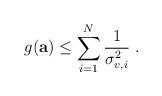
LaTeX: \begin{align*}g(\mathbf{a})\le\sum_{i=1}^N\frac{1}{\sigma_{v,i}^2}\;.\end{align*}